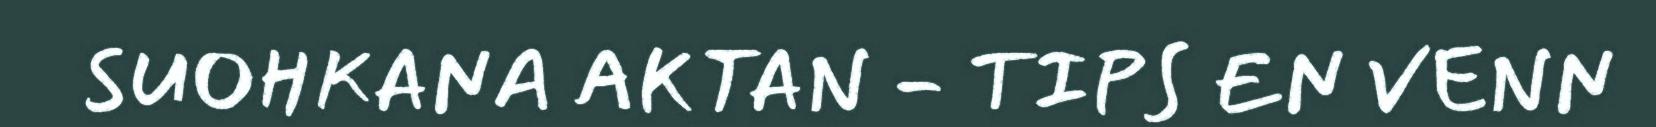
SUOHKANA AKTAN - TIPS EN VENN